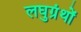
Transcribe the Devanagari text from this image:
लघुग्रंथों